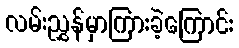
လမ်းညွှန်မှာကြားခဲ့ကြောင်း